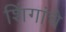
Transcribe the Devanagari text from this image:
शिंगांचे